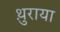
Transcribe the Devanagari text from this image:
थ़ुराया